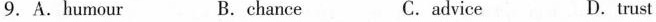
9. A.Humour B.c hance C. advice D. trust